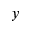
y